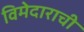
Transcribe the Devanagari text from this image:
विमेदाराची